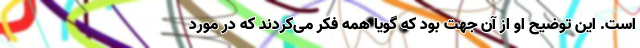
است. این توضیح او از آن جهت بود که گویا همه فکر می‌کردند که در مورد